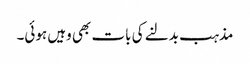
مذہب بدلنے کی بات بھی وہیں ہوئی۔